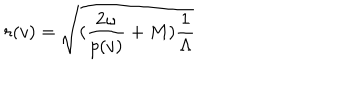
LaTeX: r ( v ) = \sqrt { ( \frac { 2 \omega } { p ( v ) } + M ) \frac { 1 } { \Lambda } }